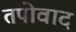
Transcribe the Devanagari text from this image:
तपोवाद